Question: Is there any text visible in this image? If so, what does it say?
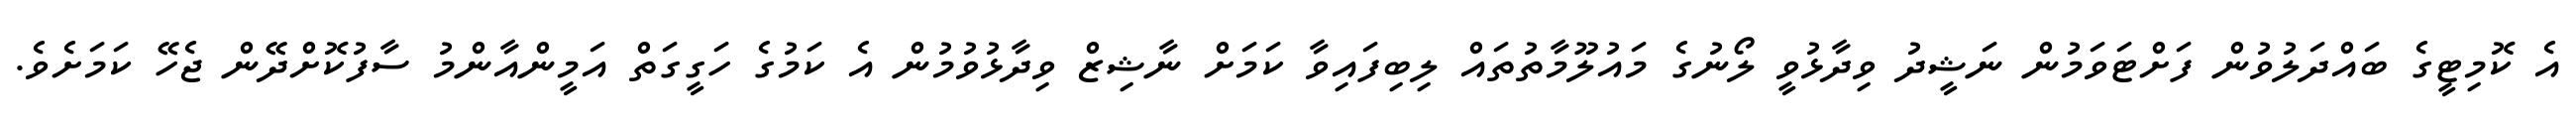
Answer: އެ ކޮމިޓީގެ ބައްދަލުވުން ފަށްޓަވަމުން ނަޝީދު ވިދާޅުވީ ލޯނުގެ މައުލޫމާތުތައް ލިބިފައިވާ ކަމަށް ނާޝިޒް ވިދާޅުވުމުން އެ ކަމުގެ ހަގީގަތް އަމީންއާންމު ސާފުކޮށްދޭން ޖެހޭ ކަމަށެވެ.